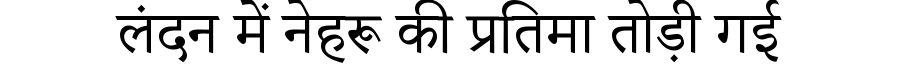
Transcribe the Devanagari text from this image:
लंदन में नेहरू की प्रतिमा तोड़ी गई